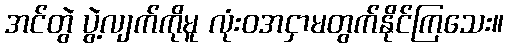
အင်တွဲ ပွဲ့လျက်ကိုမူ လုံးဝအငှာမတွက်နိုင်ကြသေး။